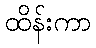
ထိန်းကာ